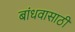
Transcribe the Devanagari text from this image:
बांधवासाठी